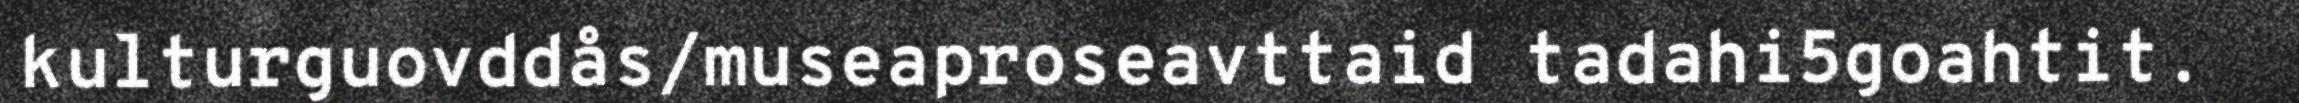
kulturguovddås/museaproseavttaid tadahi5goahtit.